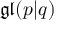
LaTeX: { \mathfrak { g l } } ( p | q )